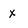
Character: x